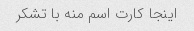
اینجا کارت اسم منه با تشکر